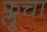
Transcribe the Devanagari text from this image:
फ्लूचा